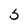
Character: 5